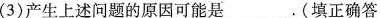
(3)产生上述问题的原因可能是___(填正确答